Report of the Indian Hemp Drugs Commission, 1894-1895 - Volume I
Year: 1894
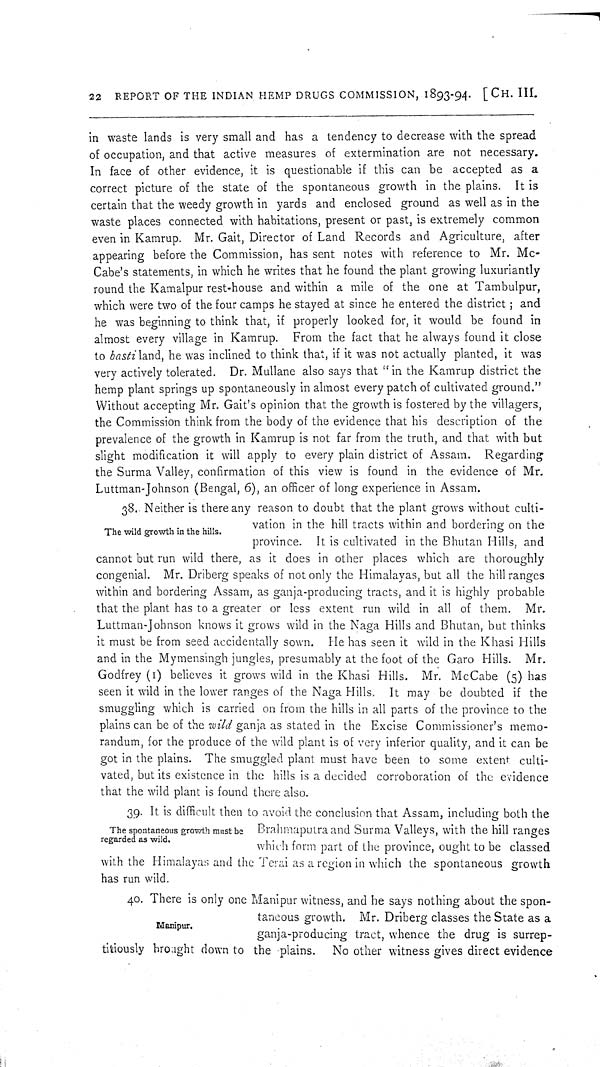
22 REPORT OF THE INDIAN HEMP DRUGS COMMISSION, 1893-94. [CH. III.
in waste lands is very small and has a tendency to decrease with the spread
of occupation, and that active measures of extermination are not necessary.
In face of other evidence, it is questionable if this can be accepted as a
correct picture of the state of the spontaneous growth in the plains. It is
certain that the weedy growth in yards and enclosed ground as well as in the
waste places connected with habitations, present or past, is extremely common
even in Kamrup. Mr. Gait, Director of Land Records and Agriculture, after
appearing before the Commission, has sent notes with reference to Mr. Mc-
Cabe's statements, in which he writes that he found the plant growing luxuriantly
round the Kamalpur rest-house and within a mile of the one at Tambulpur,
which were two of the four camps he stayed at since he entered the district; and
he was beginning to think that, if properly looked for, it would be found in
almost every village in Kamrup. From the fact that he always found it close
to basti land, he was inclined to think that, if it was not actually planted, it was
very actively tolerated. Dr. Mullane also says that "in the Kamrup district the
hemp plant springs up spontaneously in almost every patch of cultivated ground."
Without accepting Mr. Gait's opinion that the growth is fostered by the villagers,
the Commission think from the body of the evidence that his description of the
prevalence of the growth in Kamrup is not far from the truth, and that with but
slight modification it will apply to every plain district of Assam. Regarding
the Surma Valley, confirmation of this view is found in the evidence of Mr.
Luttman-Johnson (Bengal, 6), an officer of long experience in Assam.
The wild growth in the hills.
38. Neither is there any reason to doubt that the plant grows without culti-
vation in the hill tracts within and bordering on the
province. It is cultivated in the Bhutan Hills, and
cannot but run wild there, as it does in other places which are thoroughly
congenial. Mr. Driberg speaks of not only the Himalayas, but all the hill ranges
within and bordering Assam, as ganja-producing tracts, and it is highly probable
that the plant has to a greater or less extent run wild in all of them. Mr.
Luttman-Johnson knows it grows wild in the Naga Hills and Bhutan, but thinks
it must be from seed accidentally sown. He has seen it wild in the Khasi Hills
and in the Mymensingh jungles, presumably at the foot of the Garo Hills. Mr.
Godfrey (1) believes it grows wild in the Khasi Hills. Mr. McCabe (5) has
seen it wild in the lower ranges of the Naga Hills. It may be doubted if the
smuggling which is carried on from the hills in all parts of the province to the
plains can be of the wild ganja as stated in the Excise Commissioner's memo-
randum, for the produce of the wild plant is of very inferior quality, and it can be
got in the plains. The smuggled plant must have been to some extent culti-
vated, but its existence in the hills is a decided corroboration of the evidence
that the wild plant is found there also.
The spontaneous growth must be
regarded as wild.
39. It is difficult then to avoid the conclusion that Assam, including both the
Brahmaputra and Surma Valleys, with the hill ranges
which form part of the province, ought to be classed
with the Himalayas and the Terai as a region in which the spontaneous growth
has run wild.
Manipur.
40. There is only one Manipur witness, and he says nothing about the spon-
taneous growth. Mr. Driberg classes the State as a
ganja-producing tract, whence the drug is surrep-
titiously brought down to the plains.
No other witness gives direct evidence